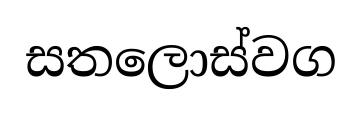
සතලොස්වග